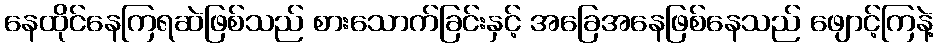
နေထိုင်နေကြရဆဲဖြစ်သည် စားသောက်ခြင်းနှင့် အခြေအနေဖြစ်နေသည် ဖျောင့်ကြနဲ့